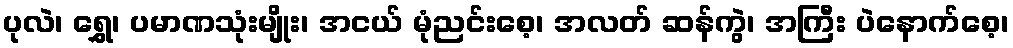
ပုလဲ၊ ရွှေ၊ ပမာဏသုံးမျိုး၊ အငယ် မုံညင်းစေ့၊ အလတ် ဆန်ကွဲ၊ အကြီး ပဲနောက်စေ့၊